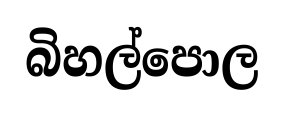
බිහල්පොල